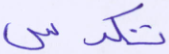
تكدس